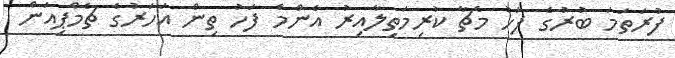
ފުރަތަމަ ބުރުގެ ފަހު މެޗާ ކުރިމަތިލާއިރު އެންމެ ފަހު ތިން އަހަރުގެ ޗެމްޕިއަން